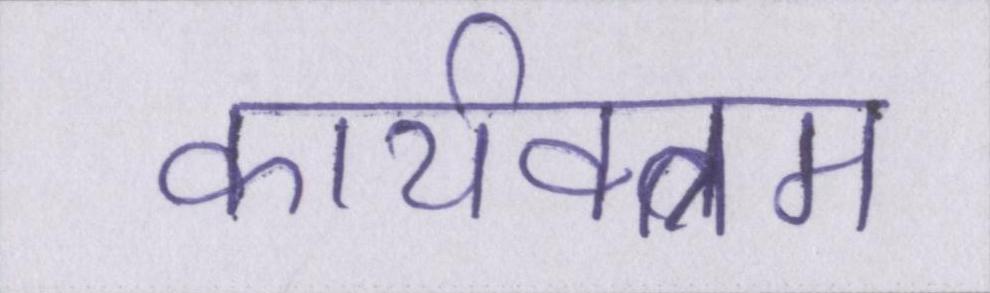
कार्यक्त्रम